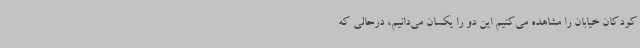
کودکان خیابان را مشاهده می‌کنیم این دو را یکسان می‌دانیم، درحالی که